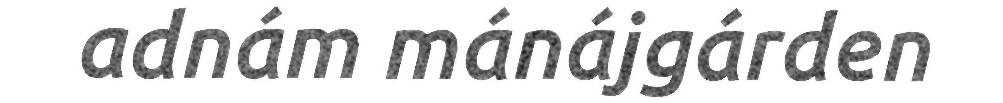
adnám mánájgárden